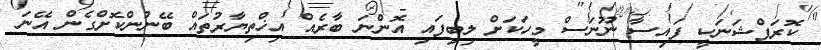
ކޮރަޕްޝަނަކީ ފައިސާ ނޫނަސް މީހަކަށް ލިބިފައި އޮންނަ ބާރެއް އިޚްތިޔާރުތައް ބޭނުންކޮށްގެން އޭނަ